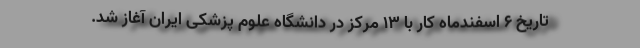
تاریخ ۶ اسفندماه کار با ۱۳ مرکز در دانشگاه علوم پزشکی ایران آغاز شد.